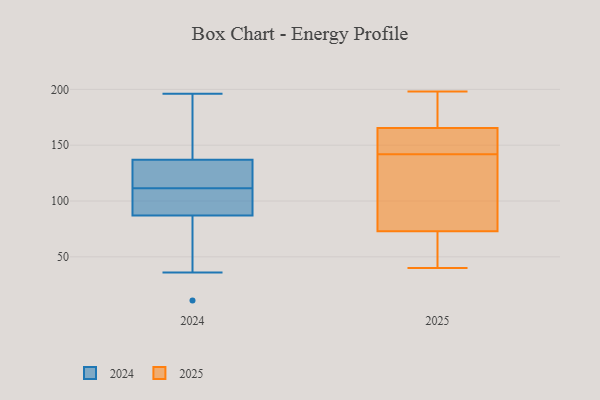
{"axis": {"x": "Gross Profit (USD K)", "y": "Value"}, "legend": ["2024", "2025"], "data": [{"x": "", "y": 135, "type": "2025"}, {"x": "", "y": 166, "type": "2025"}, {"x": "", "y": 40, "type": "2025"}, {"x": "", "y": 151, "type": "2025"}, {"x": "", "y": 49, "type": "2025"}, {"x": "", "y": 149, "type": "2025"}, {"x": "", "y": 198, "type": "2025"}, {"x": "", "y": 63, "type": "2025"}, {"x": "", "y": 159, "type": "2025"}, {"x": "", "y": 85, "type": "2025"}, {"x": "", "y": 58, "type": "2025"}, {"x": "", "y": 179, "type": "2025"}, {"x": "", "y": 165, "type": "2025"}, {"x": "", "y": 83, "type": "2025"}, {"x": "", "y": 115, "type": "2025"}, {"x": "", "y": 58, "type": "2025"}, {"x": "", "y": 172, "type": "2025"}, {"x": "", "y": 156, "type": "2025"}, {"x": "", "y": 198, "type": "2025"}, {"x": "", "y": 126, "type": "2025"}, {"x": "", "y": 95, "type": "2024"}, {"x": "", "y": 66, "type": "2024"}, {"x": "", "y": 106, "type": "2024"}, {"x": "", "y": 36, "type": "2024"}, {"x": "", "y": 66, "type": "2024"}, {"x": "", "y": 121, "type": "2024"}, {"x": "", "y": 143, "type": "2024"}, {"x": "", "y": 196, "type": "2024"}, {"x": "", "y": 137, "type": "2024"}, {"x": "", "y": 176, "type": "2024"}, {"x": "", "y": 119, "type": "2024"}, {"x": "", "y": 88, "type": "2024"}, {"x": "", "y": 177, "type": "2024"}, {"x": "", "y": 117, "type": "2024"}, {"x": "", "y": 122, "type": "2024"}, {"x": "", "y": 11, "type": "2024"}, {"x": "", "y": 87, "type": "2024"}, {"x": "", "y": 98, "type": "2024"}]}